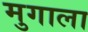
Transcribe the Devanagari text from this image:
मुगाला